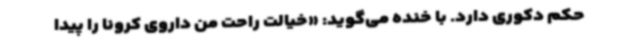
حکم دکوری دارد. با خنده می‌گوید: «خیالت راحت من داروی کرونا را پیدا